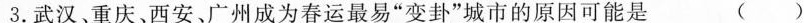
3.武汉、重庆、西安、广州成为春运最易”变卦”城市的原因可能是 ( )